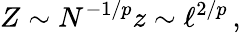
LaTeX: Z\sim N^{-1/p}z\sim\ell^{2/p}\, ,